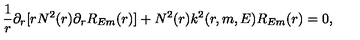
\frac { 1 } { r } \partial _ { r } [ r N ^ { 2 } ( r ) \partial _ { r } R _ { E m } ( r ) ] + N ^ { 2 } ( r ) k ^ { 2 } ( r , m , E ) R _ { E m } ( r ) = 0 ,